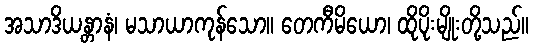
အသာဒိယန္တာနံ၊ မသာယာကုန်သော။ တေကီမိယော၊ ထိုပိုးမျိုးတို့သည်။